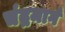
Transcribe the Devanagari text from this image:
चंद्रमार्ग